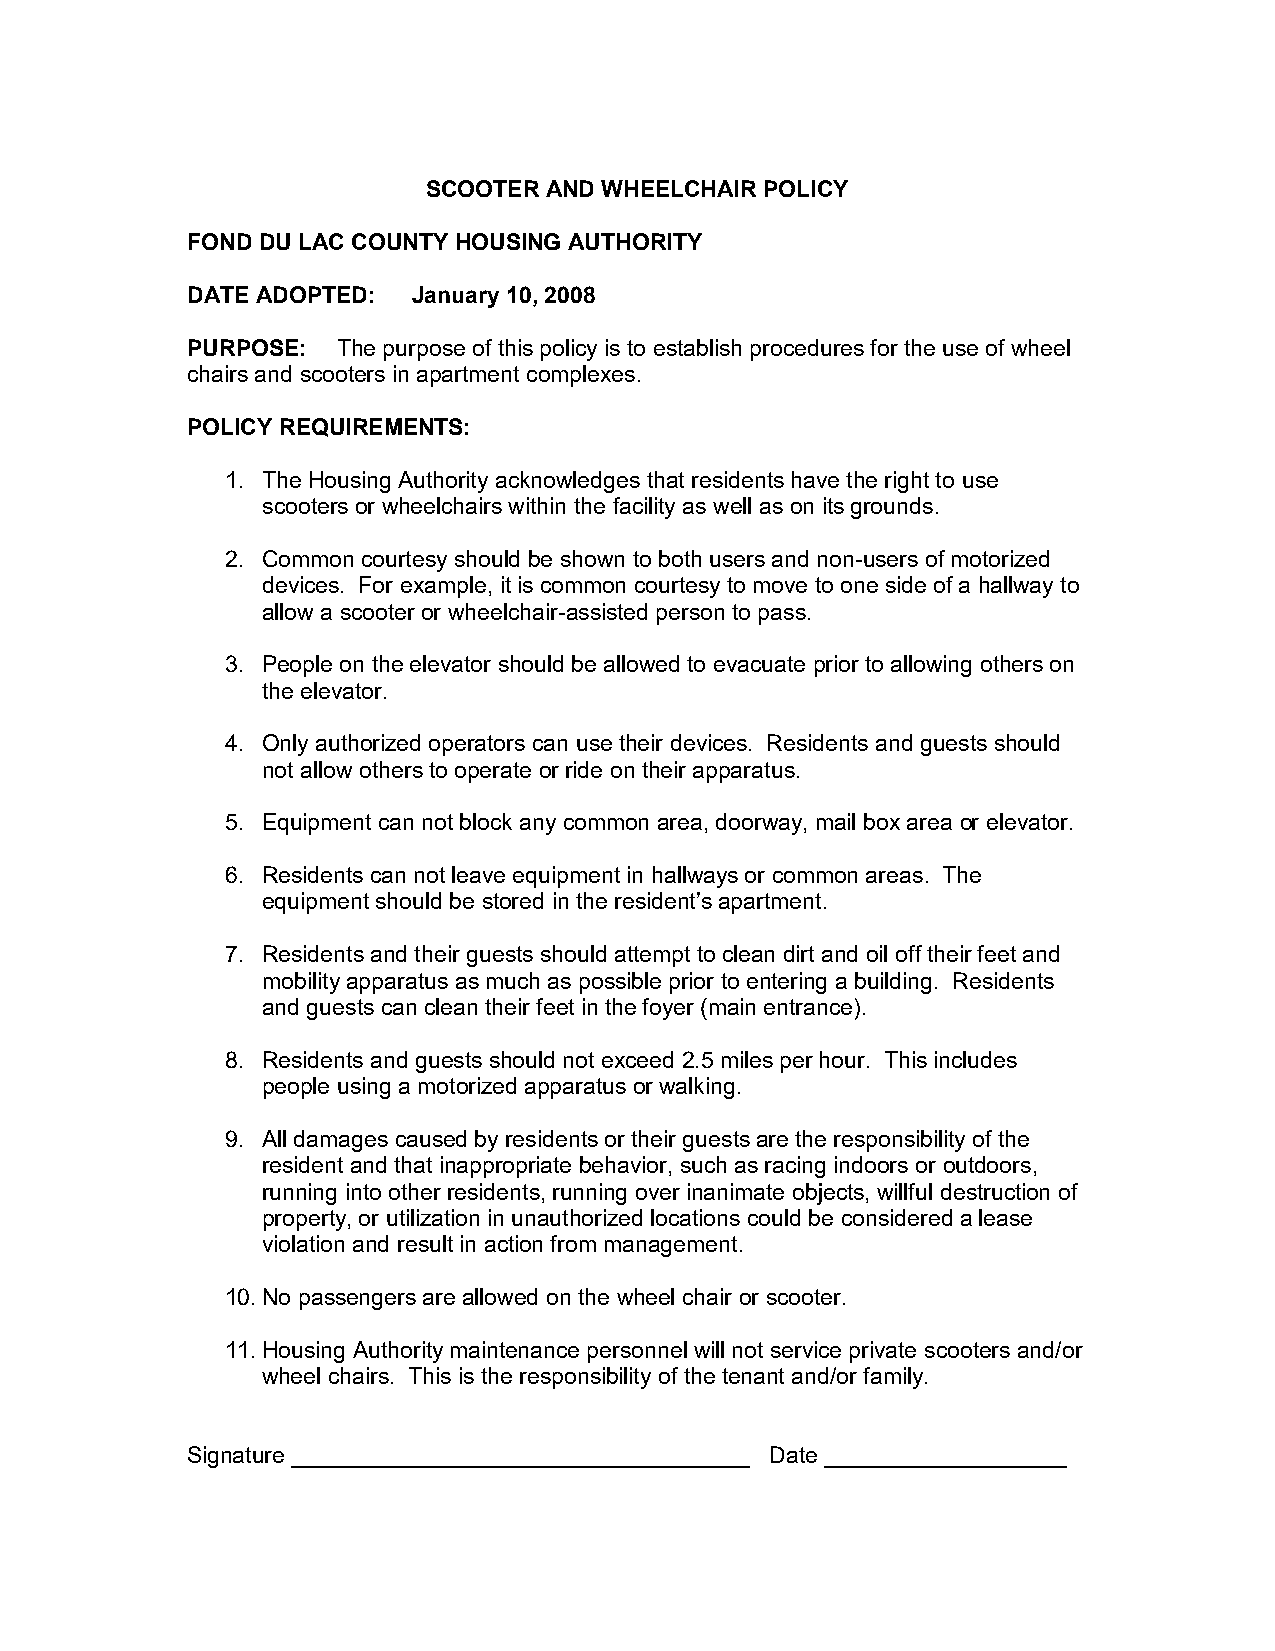
SCOOTER AND WHEELCHAIR POLICY
 FOND DU LAC COUNTY HOUSING AUTHORITY
 DATE ADOPTED:  January 10, 2008
 PURPOSE:  The purpose of this policy is to establish procedures for the use of wheel
 chairs and scooters in apartment complexes.
 POLICY REQUIREMENTS:
 1. The Housing Authority acknowledges that residents have the right to use
 scooters or wheelchairs within the facility as well as on its grounds.
 2. Common courtesy should be shown to both users and non-users of motorized
 devices. For example, it is common courtesy to move to one side of a hallway to
 allow a scooter or wheelchair-assisted person to pass.
 3. People on the elevator should be allowed to evacuate prior to allowing others on
 the elevator.
 4. Only authorized operators can use their devices. Residents and guests should
 not allow others to operate or ride on their apparatus.
 5. Equipment can not block any common area, doorway, mail box area or elevator.
 6. Residents can not leave equipment in hallways or common areas. The
 equipment should be stored in the resident’s apartment.
 7. Residents and their guests should attempt to clean dirt and oil off their feet and
 mobility apparatus as much as possible prior to entering a building. Residents
 and guests can clean their feet in the foyer (main entrance).
 8. Residents and guests should not exceed 2.5 miles per hour. This includes
 people using a motorized apparatus or walking.
 9. All damages caused by residents or their guests are the responsibility of the
 resident and that inappropriate behavior, such as racing indoors or outdoors,
 running into other residents, running over inanimate objects, willful destruction of
 property, or utilization in unauthorized locations could be considered a lease
 violation and result in action from management.
 10. No passengers are allowed on the wheel chair or scooter.
 11. Housing Authority maintenance personnel will not service private scooters and/or
 wheel chairs. This is the responsibility of the tenant and/or family.
 Signature ____________________________________ Date ___________________